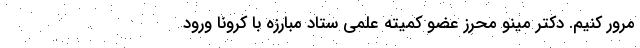
مرور کنیم. دکتر مینو محرز عضو کمیته علمی ستاد مبارزه با کرونا ورود